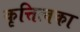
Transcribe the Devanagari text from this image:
कृत्तित्वका